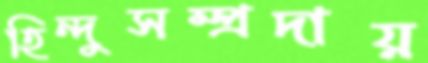
হিন্দুসম্প্রদায়